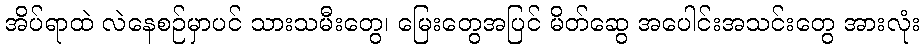
အိပ်ရာထဲ လဲနေစဉ်မှာပင် သားသမီးတွေ၊ မြေးတွေအပြင် မိတ်ဆွေ အပေါင်းအသင်းတွေ အားလုံး